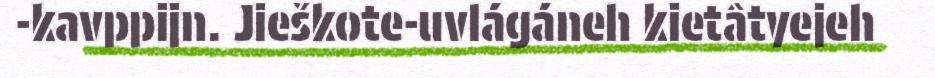
-kavppijn. Jieškote-uvlágáneh kietâtyejeh